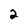
Character: 2